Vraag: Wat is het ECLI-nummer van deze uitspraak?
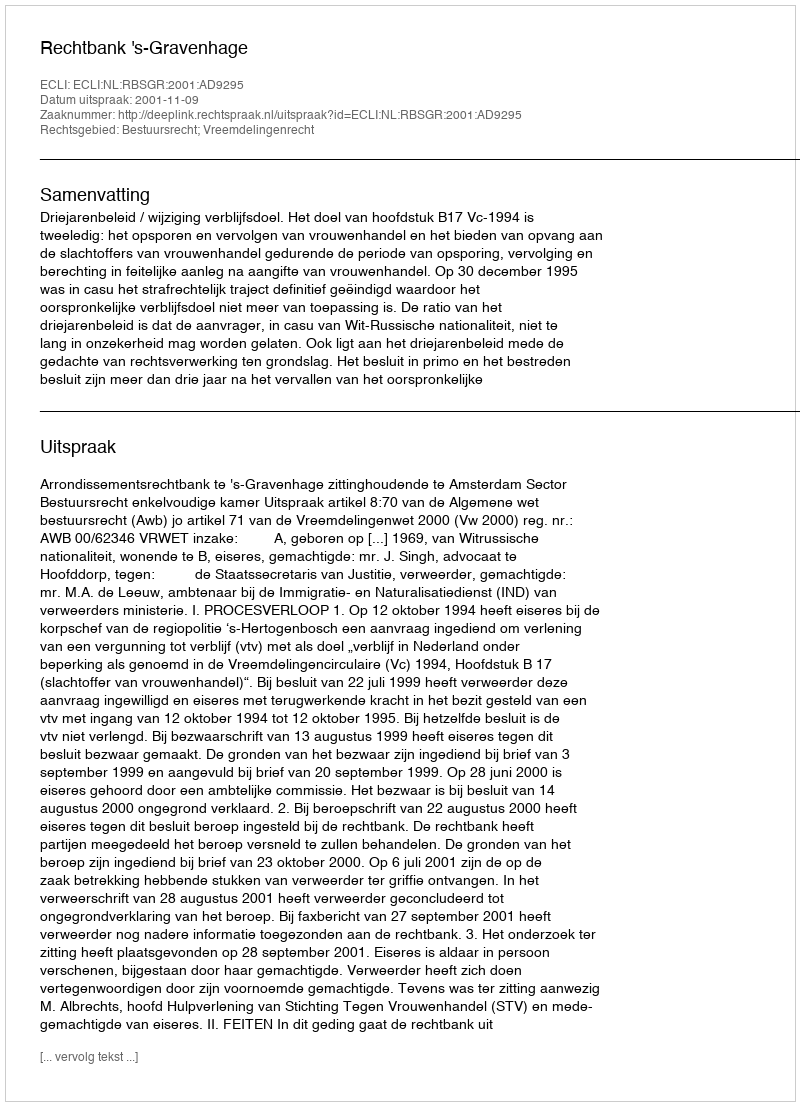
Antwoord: ECLI:NL:RBSGR:2001:AD9295